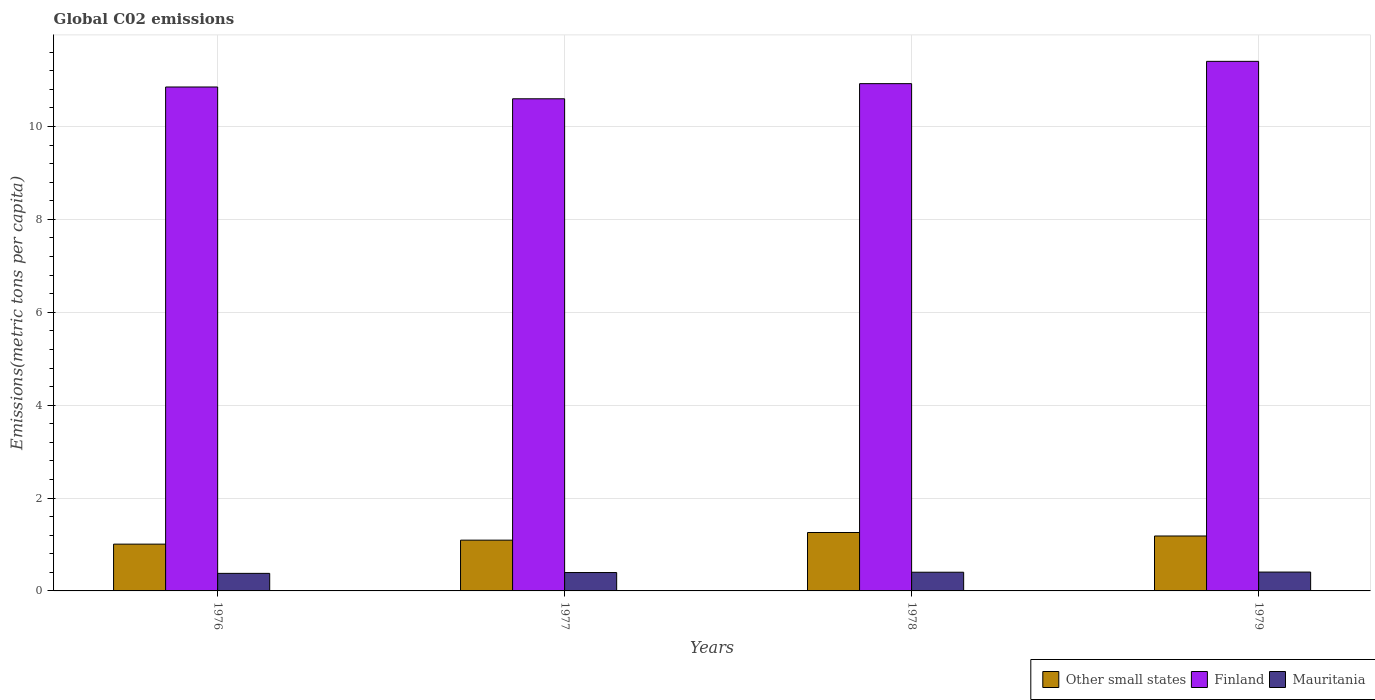
| Years | Other small states | Finland | Mauritania |
 | --- | --- | --- | --- |
 | 1976 | 1.01 | 10.9 | 0.378 |
 | 1977 | 1.09 | 10.6 | 0.396 |
 | 1978 | 1.26 | 10.9 | 0.402 |
 | 1979 | 1.18 | 11.4 | 0.406 |